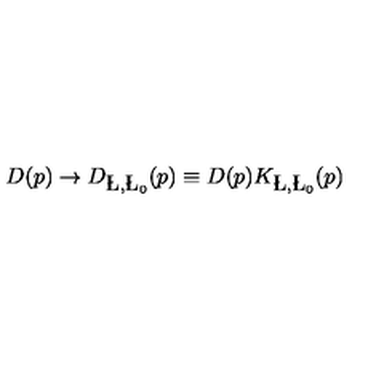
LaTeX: D ( p ) \rightarrow D _ { \L , \L _ { 0 } } ( p ) \equiv D ( p ) K _ { \L , \L _ { 0 } } ( p )